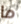
ما